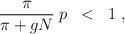
LaTeX: \begin{align*}\frac{\pi}{\pi+gN} \; p \; \; < \; \; 1 \; ,\end{align*}